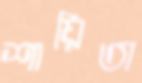
শায়িতা